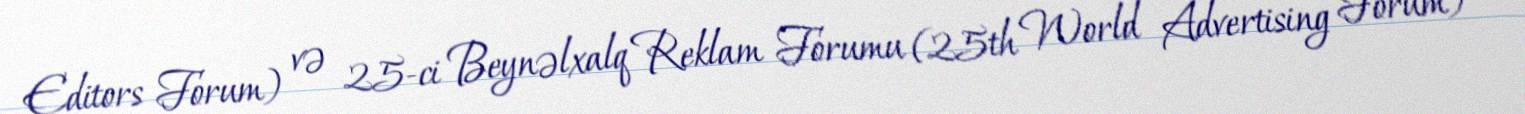
Editors Forum) və 25-ci Beynəlxalq Reklam Forumu (25th World Advertising Forum)